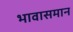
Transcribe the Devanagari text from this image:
भावासमान